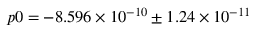
p 0 = - 8 . 5 9 6 \times 1 0 ^ { - 1 0 } \pm 1 . 2 4 \times 1 0 ^ { - 1 1 }